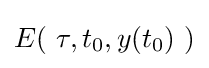
E(\ \tau ,t_{0},y(t_{0})\ )